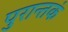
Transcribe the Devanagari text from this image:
पुरान्तकं